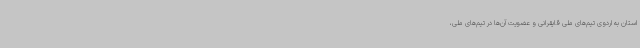
استان به اردوی تیم‌های ملی قایقرانی و عضویت آن‌ها در تیم‌های ملی،